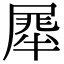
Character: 𭕯